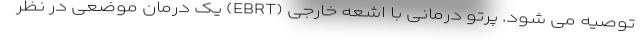
توصیه می شود. پرتو درمانی با اشعه خارجی (EBRT) یک درمان موضعی در نظر